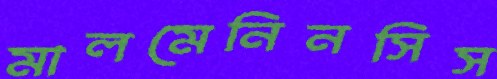
মালমেনিনসিস